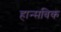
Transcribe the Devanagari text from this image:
हान्सविक